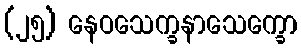
(၂၅) နေဝသေက္ခနာသေက္ခော